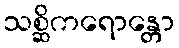
သစ္ဆိကရောန္တော